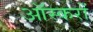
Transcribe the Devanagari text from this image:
ऑस्करों